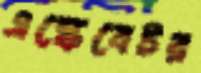
এস্কেবেটর